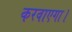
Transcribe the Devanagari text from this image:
करवाएगा।